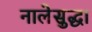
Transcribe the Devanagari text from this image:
नालेसुद्धा